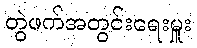
တွဲဖက်အတွင်းရေးမှူး